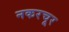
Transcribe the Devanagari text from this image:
नकरचूर